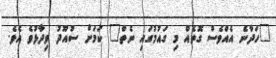
"ހަދާނެ އެއްވެސް ގޮތެއް މި ގައުމުގައި ނެތް" ކަމަށް ސުއޫދު ވިދާޅުވެ އެވެ.